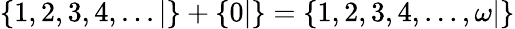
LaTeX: \{ 1,2,3,4,...|\} +\{ 0|\} =\{ 1,2,3,4,...,\omega|\}